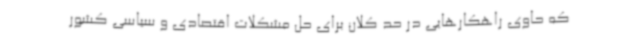
که حاوی راهکارهایی در حد کلان برای حل مشکلات اقتصادی و سیاسی کشور